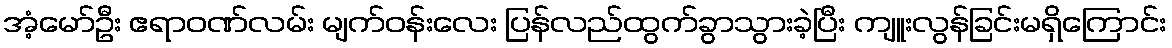
အံ့မော်ဦး ဧရာဝဏ်လမ်း မျက်ဝန်းလေး ပြန်လည်ထွက်ခွာသွားခဲ့ပြီး ကျူးလွန်ခြင်းမရှိကြောင်း